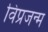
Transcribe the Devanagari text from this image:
विप्रजन्म